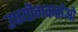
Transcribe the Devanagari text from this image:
उपयॊगकर्ताओ